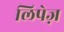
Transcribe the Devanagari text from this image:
लिपेज़